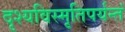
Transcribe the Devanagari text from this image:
दृश्यविस्मृतिपर्यन्तं